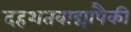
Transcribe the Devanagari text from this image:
दहशतवाद्यांपैकी